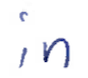
Text: in
Cross-out: clean
Writing tool: ballpoint